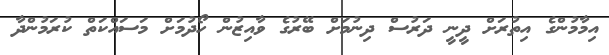
އިމާމުންގެ އިތުރަށް ދީނީ ދަރުސް ދިނުމަށް ބޭރުގެ ވާއިޒުން ހޯދުމަށް މަސައްކަތް ކުރަމުންދާ